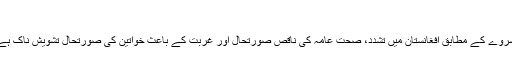
“
سروے کے مطابق افغانستان میں تشدد، صحت عامہ کی ناقص صورتحال اور غربت کے باعث خواتین کی صورتحال تشویش ناک ہے۔